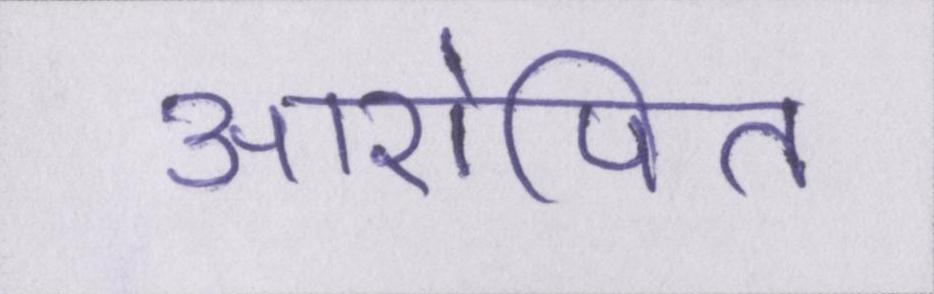
आरोपित